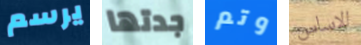
يرسم جدتها وتم الاساس